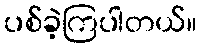
ပစ်ခဲ့ကြပါတယ်။